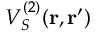
V _ { S } ^ { ( 2 ) } ( { \bf r , r ^ { \prime } } )